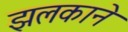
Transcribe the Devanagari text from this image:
झलकाने